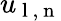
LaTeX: {u}_{\mathrm{~l~,~n~}}